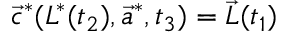
\vec { c } ^ { * } ( L ^ { * } ( t _ { 2 } ) , \vec { a } ^ { * } , t _ { 3 } ) = \vec { L } ( t _ { 1 } )